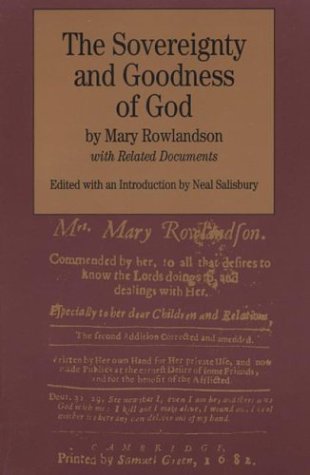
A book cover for The Sovereignty and Goodness of God: with Related Documents (Bedford Cultural Editions Series); Mary Rowlandson; History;